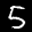
Digit: 5